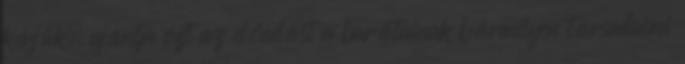
kérjük, ajánlja ezt az előadást a barátainak bármilyen társadalmi